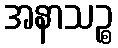
အနာသဉ္စ